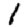
Digit: 1